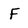
Character: F